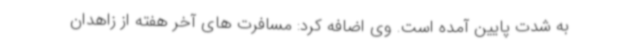
به شدت پایین آمده است. وی اضافه کرد: مسافرت های آخر هفته از زاهدان